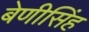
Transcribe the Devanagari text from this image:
बेणीसिंह